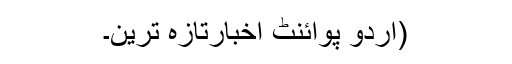
(اُردو پوائنٹ اخبارتازہ ترین۔